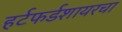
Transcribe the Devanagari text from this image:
हर्टफर्डशायरचा